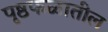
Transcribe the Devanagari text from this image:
पृष्ठफळातील